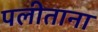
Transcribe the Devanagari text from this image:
पलीताना